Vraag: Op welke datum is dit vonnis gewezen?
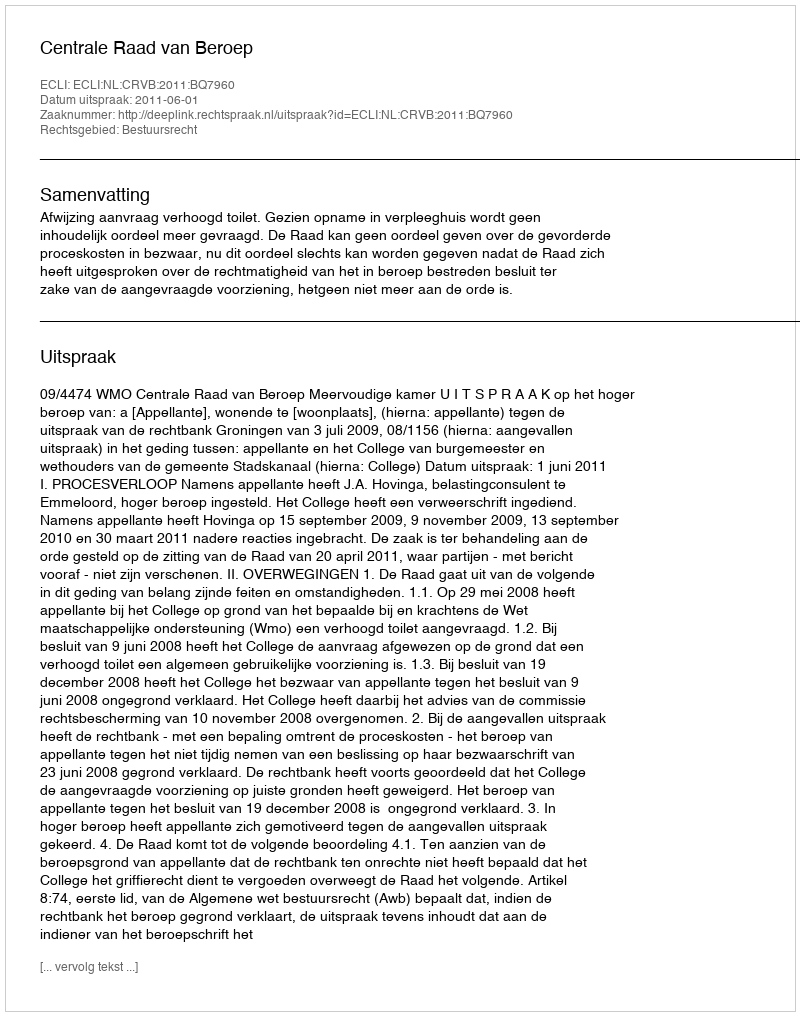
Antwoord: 2011-06-01